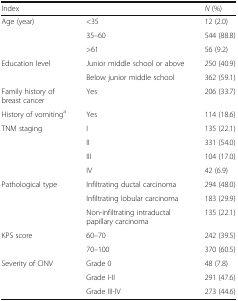
| <COLSPAN=2> Index | N (%) |
 | --- | --- | --- |
 | <ROWSPAN=3> Age (year) | <35 | 12 (2.0) |
 | 35–60 | 544 (88.8) |
 | >61 | 56 (9.2) |
 | <ROWSPAN=2> Education level | Junior middle school or above | 250 (40.9) |
 | Below junior middle school | 362 (59.1) |
 | Family history of breast cancer | Yes | 206 (33.7) |
 | History of vomitinga | Yes | 114 (18.6) |
 | <ROWSPAN=4> TNM staging | I | 135 (22.1) |
 | II | 331 (54.0) |
 | III | 104 (17.0) |
 | IV | 42 (6.9) |
 | <ROWSPAN=3> Pathological type | Infiltrating ductal carcinoma | 294 (48.0) |
 | Infiltrating lobular carcinoma | 183 (29.9) |
 | Non-infiltrating intraductal papillary carcinoma | 135 (22.1) |
 | <ROWSPAN=2> KPS score | 60–70 | 242 (39.5) |
 | 70–100 | 370 (60.5) |
 | <ROWSPAN=3> Severity of CINV | Grade 0 | 48 (7.8) |
 | Grade I-II | 291 (47.6) |
 | Grade III-IV | 273 (44.6) |